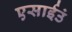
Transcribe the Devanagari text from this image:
एसाईउं